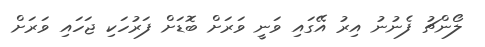
ލޯންޗު ފެނުނު އިރު އޭގައި ވަނީ ވަރަށް ބޮޑަށް ފަރުހަކި ޖަހައި ވަރަށް